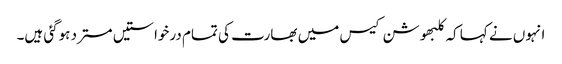
انہوں نے کہا کہ کلبھوشن کیس میں بھارت کی تمام درخواستیں مسترد ہوگئی ہیں۔